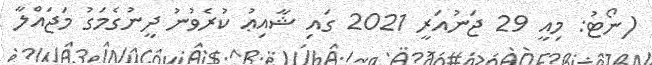
(ނޯޓު: މިއީ 29 ޖަނުއަރީ 2021 ގައި ޝާއިޢު ކުރެވުނު ދީނުގެމަގު މަޖައްލާ